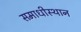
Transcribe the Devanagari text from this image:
समाधीस्थान